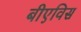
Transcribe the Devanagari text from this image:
बीएविस